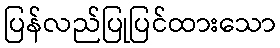
ပြန်လည်ပြုပြင်ထားသော